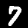
Label: 7